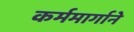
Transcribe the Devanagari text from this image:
कर्ममार्गाने